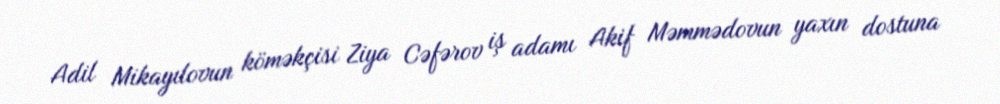
Adil Mikayılovun köməkçisi Ziya Cəfərov iş adamı Akif Məmmədovun yaxın dostuna